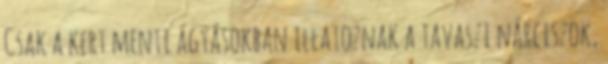
Csak a kert menti ágyásokban illatoznak a tavaszi nárciszok,